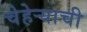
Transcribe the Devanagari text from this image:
चेहेऱ्याची